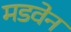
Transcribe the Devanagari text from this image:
मडवेन